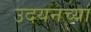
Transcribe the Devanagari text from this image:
उदयनच्या